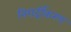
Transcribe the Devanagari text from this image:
निरार्द्रीकरण